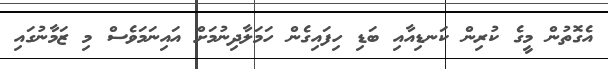
އެގޮތުން މީގެ ކުރިން ކަނޑިއާއި ބަޑި ހިފައިގެން ހަމަލާދިނުމަށް އައިނަމަވެސް މި ޒަމާނުގައި